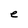
Character: e